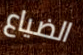
الضياع